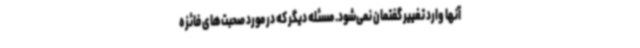
آنها وارد تغییر گفتمان نمی‌شود. مسئله دیگر که در مورد صحبت‌های فائزه